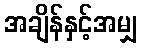
အချိန်နှင့်အမျှ